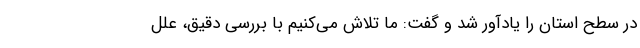
در سطح استان را یادآور شد و گفت: ما تلاش می‌کنیم با بررسی دقیق، علل